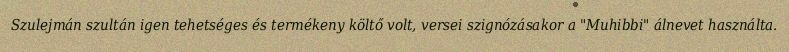
Szulejmán szultán igen tehetséges és termékeny költő volt, versei szignózásakor a "Muhibbi" álnevet használta.